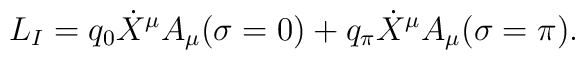
L_I=q_0\dot{X}^\mu A_\mu (\sigma = 0 )+q_\pi \dot{X}^\mu A_\mu (\sigma = \pi ).